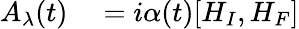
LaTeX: \begin{array}{rl}{A_{\lambda}(t)}&{{}=i\alpha(t)[H_{I},H_{F}]}\end{array}